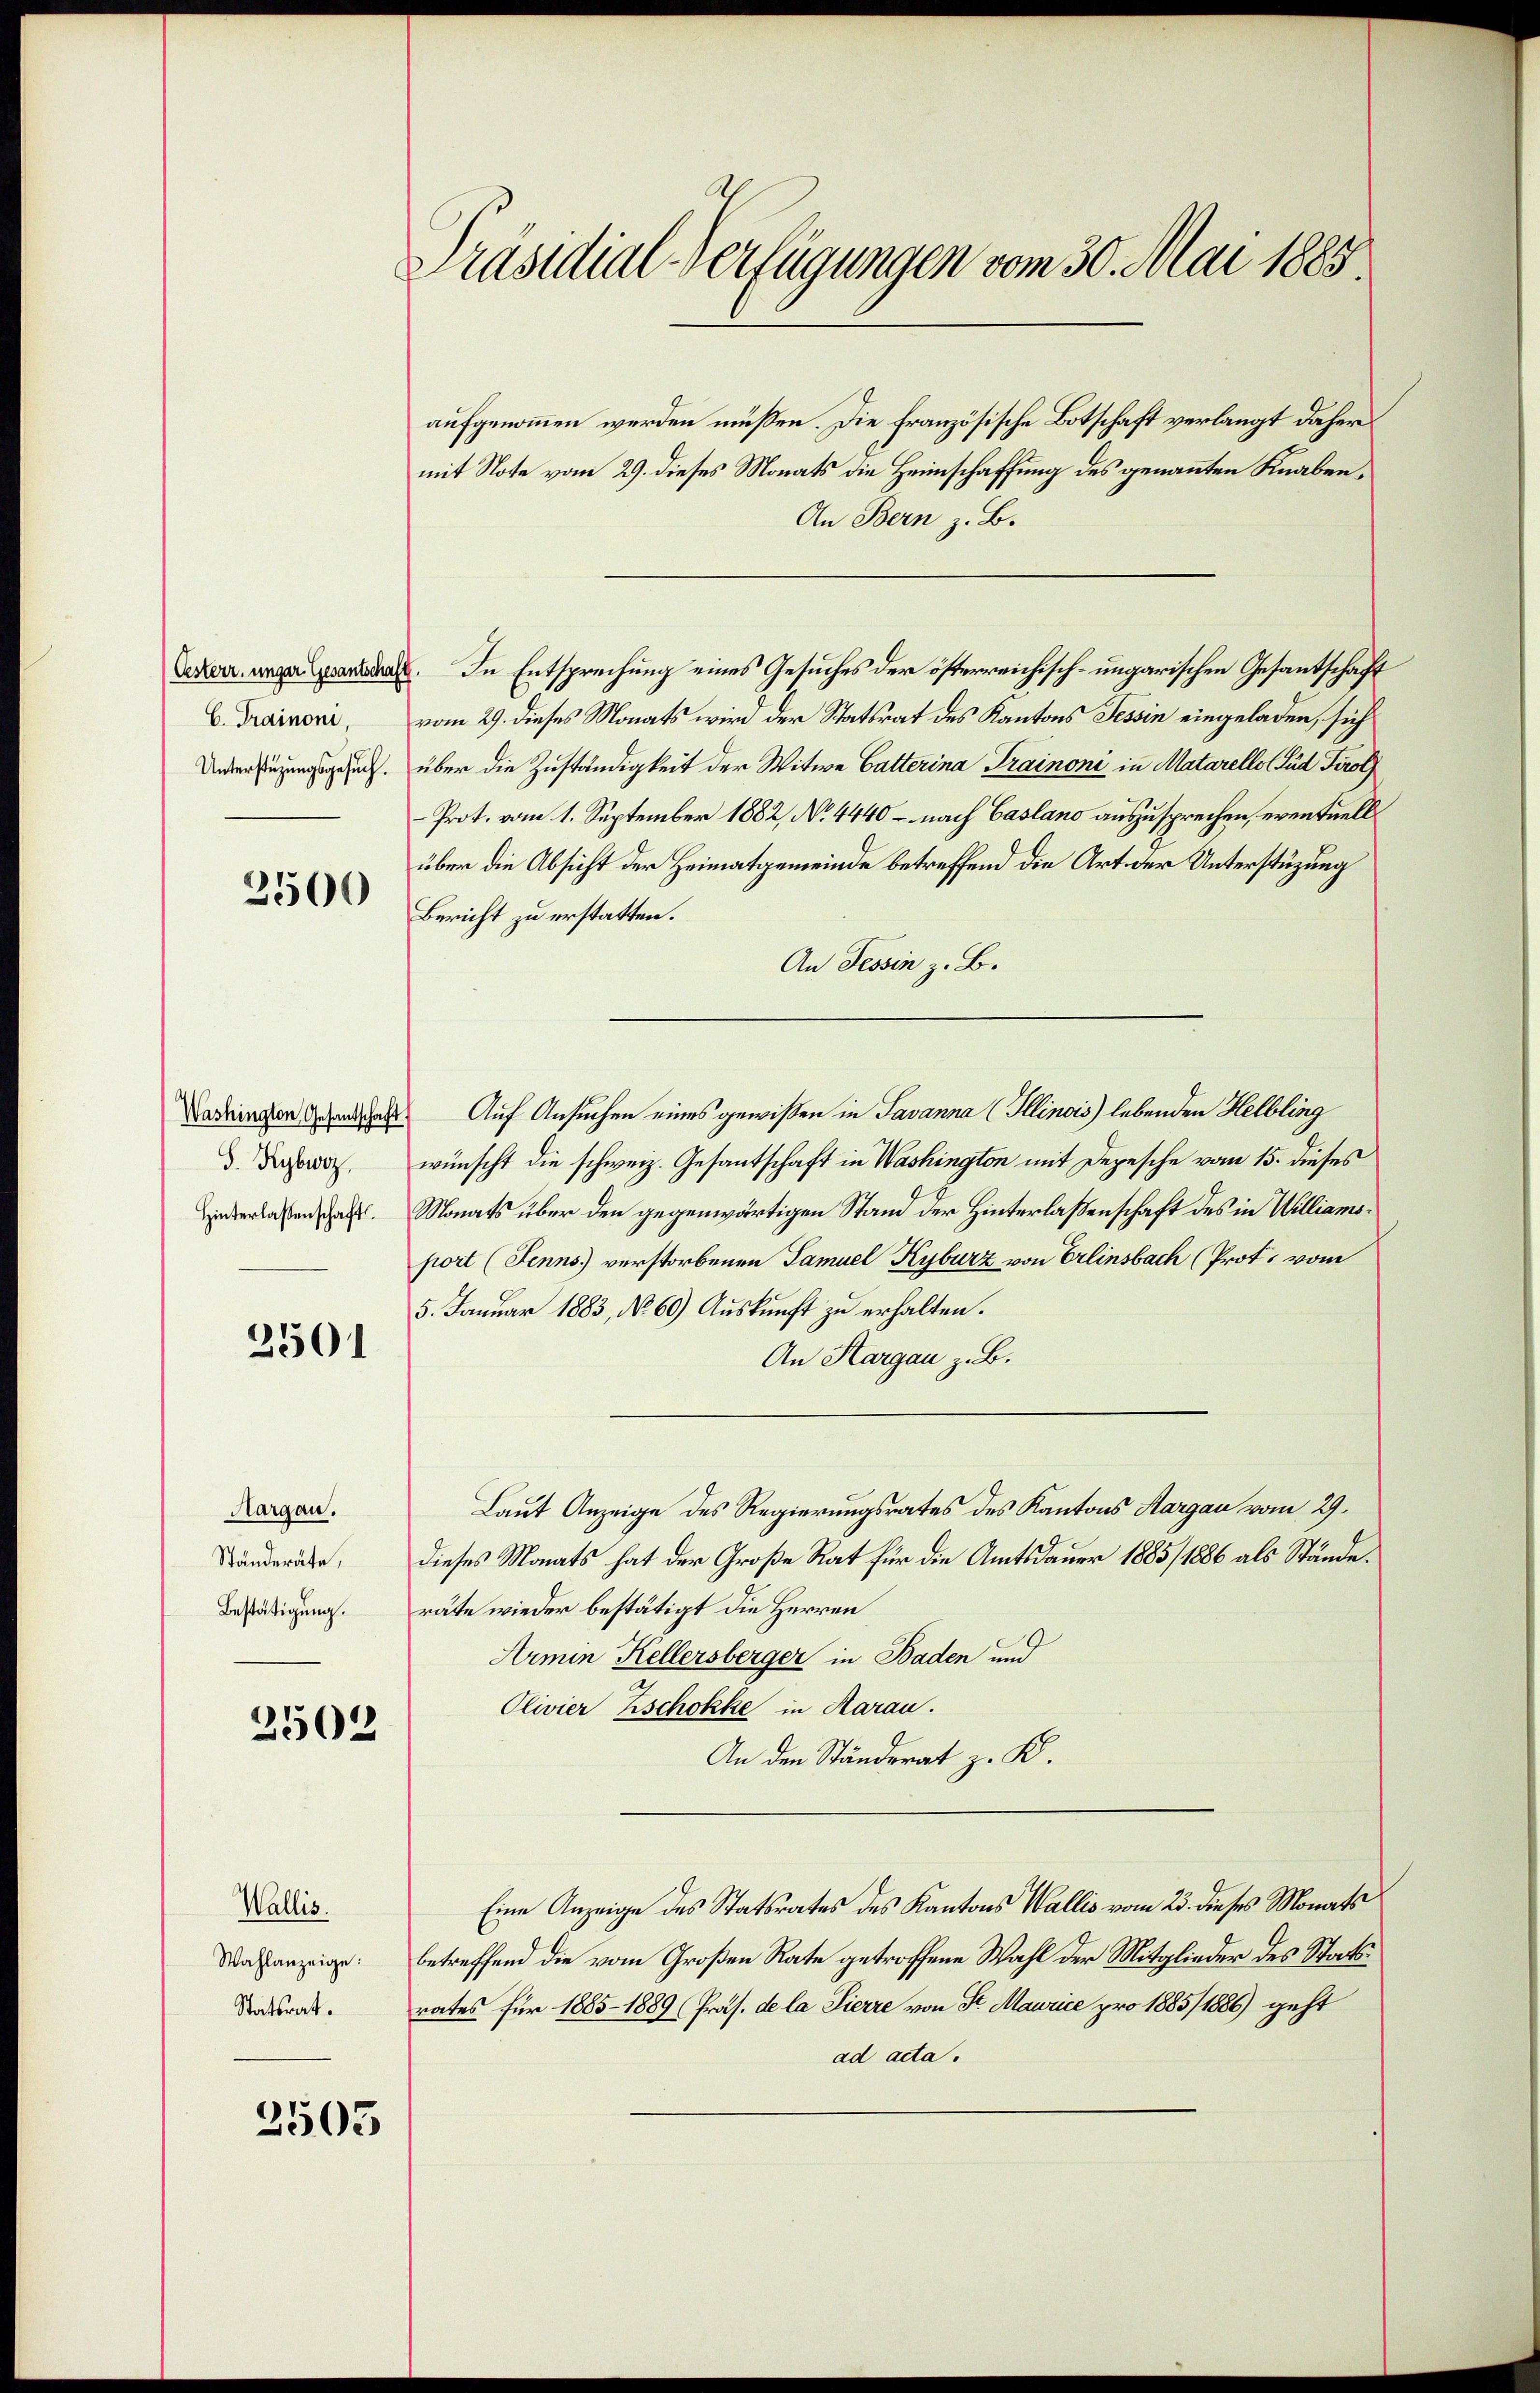
Oesterr. ungar Gesantschaft
C. Trainoni,
Unterstüzungsgesuch.

2500

Washington Gesantschaft
S. Kybwoz,
Hinterlassenschaft.

3501

Aargau.
Ständeräte,
Bestätigung.

2502

Wallis.
Wahlanzeige:
Statsrat.

2505

Präsidial-Verfügungen vom 30. Mai 1883

aufgenommen werden müßen. Die französische Botschaft verlangt daher
mit Note vom 29. dieses Monats die Heimschaffung des genannten Knaben¬
An Bern z. B.
In Entsprechung eines Gesuches der österreichisch-ungarischen Gesantschaft
vom 29. dieses Monats wird der Statsrat des Kantons Tessin eingeladen, sich
über die Zuständigkeit der Witwe Gatterina Trainoni in Matarello Sud Tirol
-Prot. vom 1. September 1882, No 4440 – nach Caslano auszusprechen, eventuell
über die Absicht der Heimatgemeinde betreffend die Art der Unterstüzung
Bericht zu erstatten.
An Tessin z. B.
Auf Ansuchen eines gewissen in Javanna (Illinois) lebenden Helbling
wünscht die schweiz. Gesantschaft in Washington mit Depesche vom 15. dieses
Monats über den gegenwärtigen Stand der Hinterlassenschaft des in Williamsport (Jenns verstorbenen Samuel Kyburz von Erlinsbach (Prot. vom
5. Januar 1883, No. 60) Auskunft zu erhalten.
An Hargau z. B.
Laut Anzeige des Regierungsrates des Kantons Aargau vom 29.
dieses Monats hat der Große Rat für die Amtsdauer 1885/1886 als Stände.
räte wieder bestätigt die Herren
Armin Kellersberger in Baden und
Olivier Zschokke in Aarau.
An den Ständerat z. K.
Eine Anzeige des Statsrates des Kantons Wallis vom 23. dieses Monats
betreffend die vom Großen Rate getroffene Wahl der Mitglieder des Statsrates für 1885-1889 (Pras. de la Pierre von Sr. Maurice pro 1885/1886) geht
ad acta.